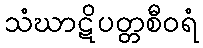
သံဃာဋိပတ္တစီဝရံ